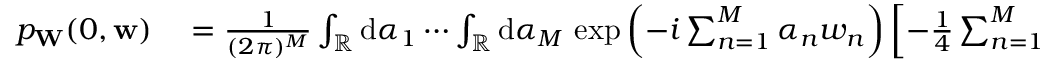
\begin{array} { r l } { p _ { \mathbf { W } } ( 0 , \mathbf { w } ) } & { { } = \frac { 1 } { ( 2 \pi ) ^ { M } } \int _ { \mathbb { R } } \mathrm { d } \alpha _ { 1 } \cdots \int _ { \mathbb { R } } \mathrm { d } \alpha _ { M } \, \exp \left( - i \sum _ { n = 1 } ^ { M } \alpha _ { n } w _ { n } \right) \left[ - \frac { 1 } { 4 } \sum _ { n = 1 } ^ { M } \alpha _ { n } ^ { 2 } \bigl ( f _ { n } , f _ { n } \bigr ) \right] } \end{array}